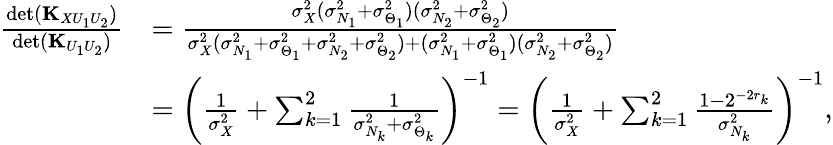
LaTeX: \begin{array}{rl}{\frac{\mathrm{det}({\mathbf K}_{XU_{1}U_{2}})}{\mathrm{det}({\mathbf K}_{U_{1}U_{2}})}}&{=\frac{\sigma_{X}^{2}(\sigma_{N_{1}}^{2}+\sigma_{\Theta_{1}}^{2})(\sigma_{N_{2}}^{2}+\sigma_{\Theta_{2}}^{2})}{\sigma_{X}^{2}(\sigma_{N_{1}}^{2}+\sigma_{\Theta_{1}}^{2}+\sigma_{N_{2}}^{2}+\sigma_{\Theta_{2}}^{2})+(\sigma_{N_{1}}^{2}+\sigma_{\Theta_{1}}^{2})(\sigma_{N_{2}}^{2}+\sigma_{\Theta_{2}}^{2})}}\\ &{=\left(\frac{1}{\sigma_{X}^{2}}+\sum_{k=1}^{2}\frac{1}{\sigma_{N_{k}}^{2}+\sigma_{\Theta_{k}}^{2}}\right)^{-1}=\left(\frac{1}{\sigma_{X}^{2}}+\sum_{k=1}^{2}\frac{1-2^{-2r_{k}}}{\sigma_{N_{k}}^{2}}\right)^{-1},}\end{array}